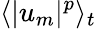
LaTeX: \langle|u_{m}|^{p}\rangle_{t}